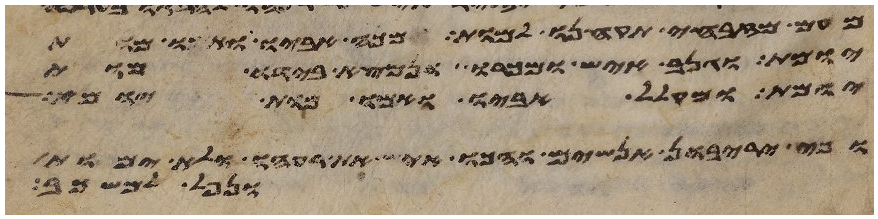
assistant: מעם מזבחי תקחנו למות ומכה אביו ואמו מות
יומת וגנב איש ומכרו ונמצא בידו מות
יומת ומקלל אביו ואמו מות יומת
וכי יריבון אנשים והכו איש את רעהו ולא ימות
ונפל למשכב